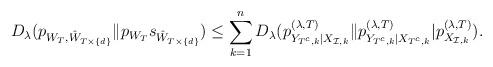
LaTeX: \begin{align*} D_\lambda(p_{W_{T}, \hat W_{T\times \{d\}}}\|p_{W_{T}}s_{\hat W_{T\times \{d\}}}) \le \sum_{k=1}^n D_\lambda( p_{Y_{T^c,k}|X_{\mathcal{I},k}}^{(\lambda, T)}\|p_{Y_{T^c,k}|X_{T^c,k}}^{(\lambda, T)}|p_{X_{\mathcal{I},k}}^{(\lambda, T)}). \end{align*}